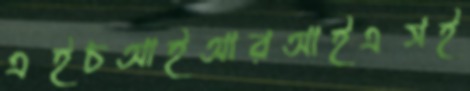
এইচআইআরআইএসই